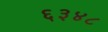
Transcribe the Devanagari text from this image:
६३४८